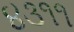
૪૩૧૧